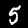
Label: 5